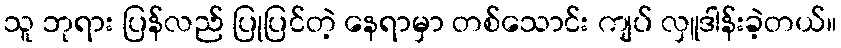
သူ ဘုရား ပြန်လည် ပြုပြင်တဲ့ နေရာမှာ တစ်သောင်း ကျပ် လှူဒါန်းခဲ့တယ်။